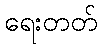
ရေးတတ်